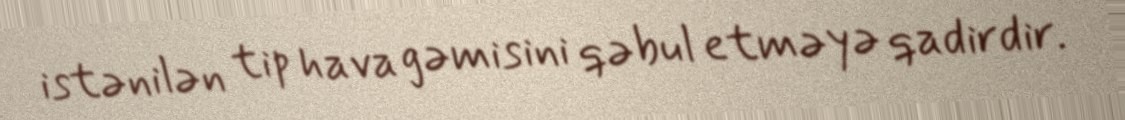
istənilən tip hava gəmisini qəbul etməyə qadirdir.